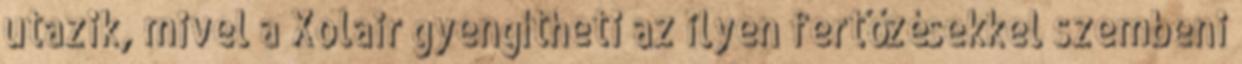
utazik, mivel a Xolair gyengítheti az ilyen fertőzésekkel szembeni